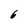
Character: 6